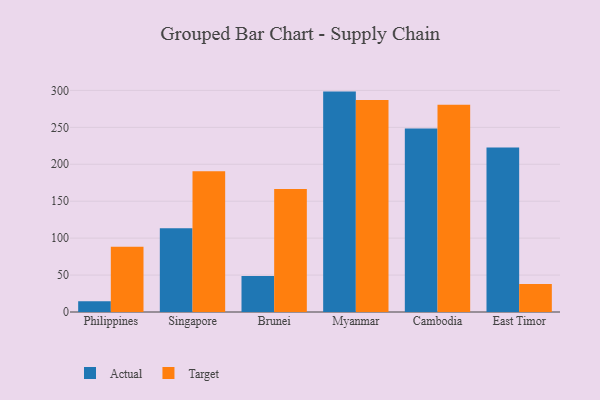
{"axis": {"x": "Country", "y": "Net Income (USD K)"}, "legend": ["Actual", "Target"], "data": [{"x": "Philippines", "y": 14.7, "type": "Actual"}, {"x": "Philippines", "y": 88.3, "type": "Target"}, {"x": "Singapore", "y": 113.3, "type": "Actual"}, {"x": "Singapore", "y": 190.4, "type": "Target"}, {"x": "Brunei", "y": 48.9, "type": "Actual"}, {"x": "Brunei", "y": 166.4, "type": "Target"}, {"x": "Myanmar", "y": 298.4, "type": "Actual"}, {"x": "Myanmar", "y": 286.9, "type": "Target"}, {"x": "Cambodia", "y": 248.4, "type": "Actual"}, {"x": "Cambodia", "y": 280.6, "type": "Target"}, {"x": "East Timor", "y": 222.6, "type": "Actual"}, {"x": "East Timor", "y": 38.0, "type": "Target"}]}